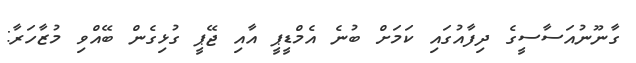
ގާނޫނުއަސާސީގެ ދިފާއުގައި ކަމަށް ބުނެ އެމްޑީޕީ އާއި ޖޭޕީ ގުޅިގެން ބޭއްވި މުޒާހަރާ: